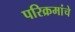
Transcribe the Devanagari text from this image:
परिक्रमांचे